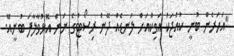
"އަހަރެން ބުނީ ކުއްޖަކު އަވިކްއަށް ލަނޑެއް ދޭން ރިސޯޓުގެ ނަން އޮޅުވާލާފަ ބުނީއޭ.